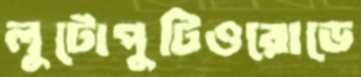
লুটোপুটিওরোডে